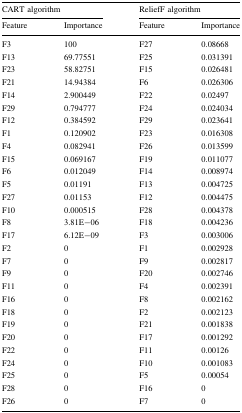
| <COLSPAN=2> CART algorithm | <COLSPAN=2> ReliefF algorithm |
 | Feature | Importance | Feature | Importance |
 | --- | --- | --- | --- |
 | F3 | 100 | F27 | 0.08668 |
 | F13 | 69.77551 | F25 | 0.031391 |
 | F23 | 58.82751 | F15 | 0.026481 |
 | F21 | 14.94384 | F6 | 0.026306 |
 | F14 | 2.900449 | F22 | 0.02497 |
 | F29 | 0.794777 | F24 | 0.024034 |
 | F12 | 0.384592 | F29 | 0.023641 |
 | F1 | 0.120902 | F23 | 0.016308 |
 | F4 | 0.082941 | F26 | 0.013599 |
 | F15 | 0.069167 | F19 | 0.011077 |
 | F6 | 0.012049 | F14 | 0.008974 |
 | F5 | 0.01191 | F13 | 0.004725 |
 | F27 | 0.01153 | F12 | 0.004475 |
 | F10 | 0.000515 | F28 | 0.004378 |
 | F8 | 3.81E−06 | F18 | 0.004236 |
 | F17 | 6.12E−09 | F3 | 0.003006 |
 | F2 | 0 | F1 | 0.002928 |
 | F7 | 0 | F9 | 0.002817 |
 | F9 | 0 | F20 | 0.002746 |
 | F11 | 0 | F4 | 0.002391 |
 | F16 | 0 | F8 | 0.002162 |
 | F18 | 0 | F2 | 0.002123 |
 | F19 | 0 | F21 | 0.001838 |
 | F20 | 0 | F17 | 0.001292 |
 | F22 | 0 | F11 | 0.00126 |
 | F24 | 0 | F10 | 0.001083 |
 | F25 | 0 | F5 | 0.00054 |
 | F28 | 0 | F16 | 0 |
 | F26 | 0 | F7 | 0 |